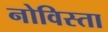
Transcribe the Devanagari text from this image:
नोविस्ता